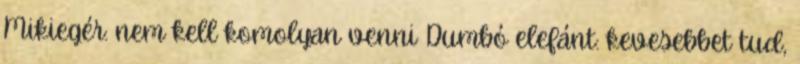
Mikiegér: nem kell komolyan venni Dumbó elefánt: kevesebbet tud,